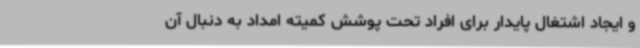
و ایجاد اشتغال پایدار برای افراد تحت پوشش کمیته امداد به دنبال آن